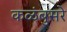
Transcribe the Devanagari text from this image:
कळंबुसरे